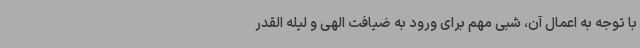
با توجه به اعمال آن، شبی مهم برای ورود به ضیافت الهی و لیله القدر